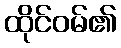
ထိုင်ဝမ်၏